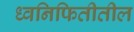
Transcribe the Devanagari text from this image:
ध्वनिफितीतील